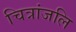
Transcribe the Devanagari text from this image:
चित्रांजलि